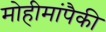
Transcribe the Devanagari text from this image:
मोहीमांपैकी